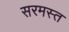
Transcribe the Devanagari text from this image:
सरमस्त